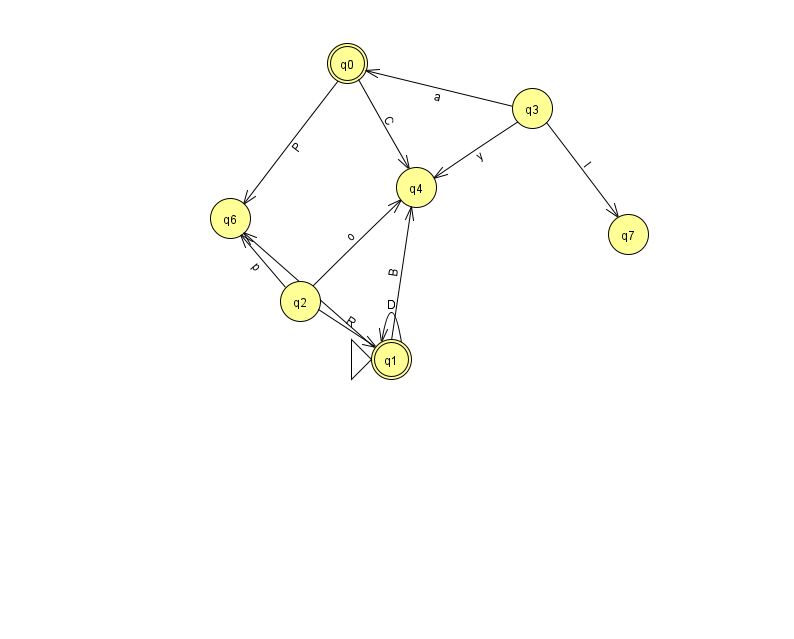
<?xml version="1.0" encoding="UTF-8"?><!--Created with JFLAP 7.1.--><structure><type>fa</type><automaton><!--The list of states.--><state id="0" name="q0"><x>347.0</x><y>50.0</y><final/></state><state id="1" name="q1"><x>391.0</x><y>346.0</y><initial/><final/></state><state id="2" name="q2"><x>300.0</x><y>288.0</y></state><state id="3" name="q3"><x>532.0</x><y>95.0</y></state><state id="4" name="q4"><x>416.0</x><y>174.0</y></state><state id="6" name="q6"><x>230.0</x><y>205.0</y></state><state id="7" name="q7"><x>628.0</x><y>221.0</y></state><!--The list of transitions.--><transition><from>2</from><to>1</to><read>R</read></transition><transition><from>0</from><to>4</to><read>C</read></transition><transition><from>1</from><to>1</to><read>D</read></transition><transition><from>3</from><to>0</to><read>a</read></transition><transition><from>1</from><to>4</to><read>B</read></transition><transition><from>0</from><to>6</to><read>P</read></transition><transition><from>2</from><to>4</to><read>o</read></transition><transition><from>3</from><to>7</to><read>I</read></transition><transition><from>3</from><to>4</to><read>y</read></transition><transition><from>1</from><to>6</to><read>C</read></transition><transition><from>2</from><to>6</to><read>p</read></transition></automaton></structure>